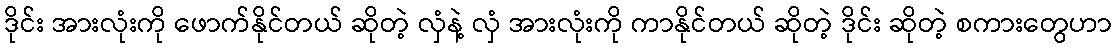
ဒိုင်း အားလုံးကို ဖောက်နိုင်တယ် ဆိုတဲ့ လှံနဲ့ လှံ အားလုံးကို ကာနိုင်တယ် ဆိုတဲ့ ဒိုင်း ဆိုတဲ့ စကားတွေဟာ